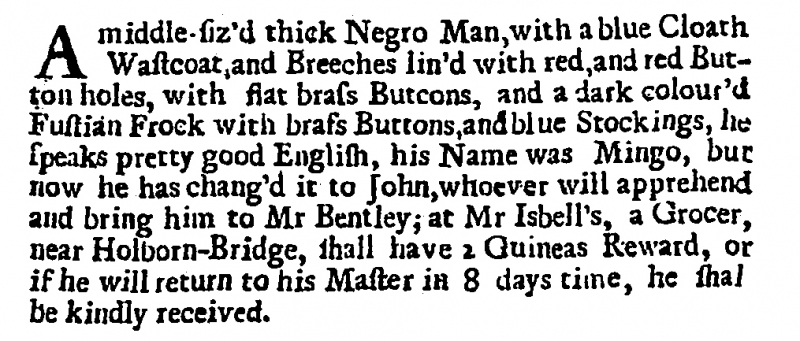
Post Man and the Historical Account, 8 March 1707 (England)
A middle-siz’d thick Negro Man, with a blue Cloath Wastcoat and Breeches lin’d with red, and red Button holes, with flat brass Buttons, and a dark colour’d Fustian Frock with brass Buttons, and blue Stockings, he speaks pretty good English, his Name was Mingo, but now he has chang’d it to John, whoever will apprehend and bring him to Mr Bentley; at Mr Isbell’s, a Grocer, near Holborn-Bridge, shall have 2 Guineas Reward, or if he will return to his Master in 8 days time, he shall be kindly received.